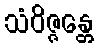
သံဝိဇ္ဇန္တေ